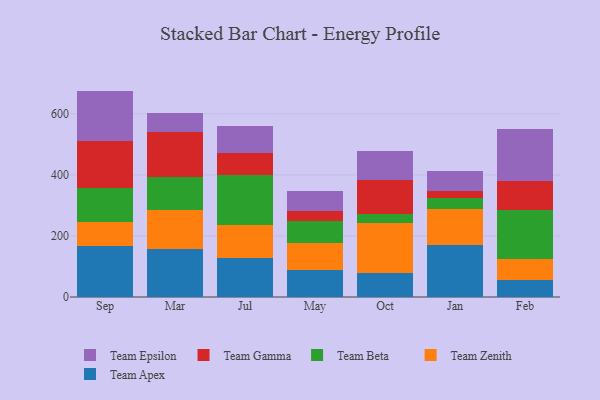
{"axis": {"x": "Month", "y": "Bounce Rate (%)"}, "legend": ["Team Apex", "Team Beta", "Team Epsilon", "Team Gamma", "Team Zenith"], "data": [{"x": "Sep", "y": 168.4, "type": "Team Apex"}, {"x": "Sep", "y": 78.2, "type": "Team Zenith"}, {"x": "Sep", "y": 109.8, "type": "Team Beta"}, {"x": "Sep", "y": 155.8, "type": "Team Gamma"}, {"x": "Sep", "y": 163.2, "type": "Team Epsilon"}, {"x": "Mar", "y": 158.4, "type": "Team Apex"}, {"x": "Mar", "y": 125.7, "type": "Team Zenith"}, {"x": "Mar", "y": 108.4, "type": "Team Beta"}, {"x": "Mar", "y": 146.5, "type": "Team Gamma"}, {"x": "Mar", "y": 64.1, "type": "Team Epsilon"}, {"x": "Jul", "y": 128.1, "type": "Team Apex"}, {"x": "Jul", "y": 107.5, "type": "Team Zenith"}, {"x": "Jul", "y": 165.0, "type": "Team Beta"}, {"x": "Jul", "y": 69.6, "type": "Team Gamma"}, {"x": "Jul", "y": 90.5, "type": "Team Epsilon"}, {"x": "May", "y": 87.8, "type": "Team Apex"}, {"x": "May", "y": 88.7, "type": "Team Zenith"}, {"x": "May", "y": 74.1, "type": "Team Beta"}, {"x": "May", "y": 32.3, "type": "Team Gamma"}, {"x": "May", "y": 63.3, "type": "Team Epsilon"}, {"x": "Oct", "y": 77.2, "type": "Team Apex"}, {"x": "Oct", "y": 164.2, "type": "Team Zenith"}, {"x": "Oct", "y": 30.4, "type": "Team Beta"}, {"x": "Oct", "y": 113.0, "type": "Team Gamma"}, {"x": "Oct", "y": 94.1, "type": "Team Epsilon"}, {"x": "Jan", "y": 169.4, "type": "Team Apex"}, {"x": "Jan", "y": 119.1, "type": "Team Zenith"}, {"x": "Jan", "y": 34.7, "type": "Team Beta"}, {"x": "Jan", "y": 23.3, "type": "Team Gamma"}, {"x": "Jan", "y": 67.0, "type": "Team Epsilon"}, {"x": "Feb", "y": 56.3, "type": "Team Apex"}, {"x": "Feb", "y": 68.5, "type": "Team Zenith"}, {"x": "Feb", "y": 160.7, "type": "Team Beta"}, {"x": "Feb", "y": 95.7, "type": "Team Gamma"}, {"x": "Feb", "y": 167.6, "type": "Team Epsilon"}]}